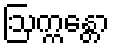
ဩက္ကန္တော